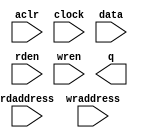
// megafunction wizard: %RAM: 2-PORT%VBB%
// GENERATION: STANDARD
// VERSION: WM1.0
// MODULE: altsyncram 

// ============================================================
// Megafunction Name(s):
// 			altsyncram
//
// Simulation Library Files(s):
// 			altera_mf
// ============================================================
// ************************************************************
// THIS IS A WIZARD-GENERATED FILE. DO NOT EDIT THIS FILE!
//
// 10.0 Build 218 06/27/2010 SJ Web Edition
// ************************************************************

//Copyright (C) 1991-2010 Altera Corporation
//Your use of Altera Corporation's design tools, logic functions 
//and other software and tools, and its AMPP partner logic 
//functions, and any output files from any of the foregoing 
//(including device programming or simulation files), and any 
//associated documentation or information are expressly subject 
//to the terms and conditions of the Altera Program License 
//Subscription Agreement, Altera MegaCore Function License 
//Agreement, or other applicable license agreement, including, 
//without limitation, that your use is for the sole purpose of 
//programming logic devices manufactured by Altera and sold by 
//Altera or its authorized distributors.  Please refer to the 
//applicable agreement for further details.

module dp_mem_64x16 (
	aclr,
	clock,
	data,
	rdaddress,
	rden,
	wraddress,
	wren,
	q);

	input	  aclr;
	input	  clock;
	input	[15:0]  data;
	input	[5:0]  rdaddress;
	input	  rden;
	input	[5:0]  wraddress;
	input	  wren;
	output	[15:0]  q;
`ifndef ALTERA_RESERVED_QIS
// synopsys translate_off
`endif
	tri0	  aclr;
	tri1	  clock;
	tri1	  rden;
	tri0	  wren;
`ifndef ALTERA_RESERVED_QIS
// synopsys translate_on
`endif

endmodule

// ============================================================
// CNX file retrieval info
// ============================================================
// Retrieval info: PRIVATE: ADDRESSSTALL_A NUMERIC "0"
// Retrieval info: PRIVATE: ADDRESSSTALL_B NUMERIC "0"
// Retrieval info: PRIVATE: BYTEENA_ACLR_A NUMERIC "0"
// Retrieval info: PRIVATE: BYTEENA_ACLR_B NUMERIC "0"
// Retrieval info: PRIVATE: BYTE_ENABLE_A NUMERIC "0"
// Retrieval info: PRIVATE: BYTE_ENABLE_B NUMERIC "0"
// Retrieval info: PRIVATE: BYTE_SIZE NUMERIC "8"
// Retrieval info: PRIVATE: BlankMemory NUMERIC "1"
// Retrieval info: PRIVATE: CLOCK_ENABLE_INPUT_A NUMERIC "0"
// Retrieval info: PRIVATE: CLOCK_ENABLE_INPUT_B NUMERIC "0"
// Retrieval info: PRIVATE: CLOCK_ENABLE_OUTPUT_A NUMERIC "0"
// Retrieval info: PRIVATE: CLOCK_ENABLE_OUTPUT_B NUMERIC "0"
// Retrieval info: PRIVATE: CLRdata NUMERIC "0"
// Retrieval info: PRIVATE: CLRq NUMERIC "1"
// Retrieval info: PRIVATE: CLRrdaddress NUMERIC "1"
// Retrieval info: PRIVATE: CLRrren NUMERIC "0"
// Retrieval info: PRIVATE: CLRwraddress NUMERIC "0"
// Retrieval info: PRIVATE: CLRwren NUMERIC "0"
// Retrieval info: PRIVATE: Clock NUMERIC "0"
// Retrieval info: PRIVATE: Clock_A NUMERIC "0"
// Retrieval info: PRIVATE: Clock_B NUMERIC "0"
// Retrieval info: PRIVATE: ECC NUMERIC "0"
// Retrieval info: PRIVATE: IMPLEMENT_IN_LES NUMERIC "0"
// Retrieval info: PRIVATE: INDATA_ACLR_B NUMERIC "0"
// Retrieval info: PRIVATE: INDATA_REG_B NUMERIC "0"
// Retrieval info: PRIVATE: INIT_FILE_LAYOUT STRING "PORT_B"
// Retrieval info: PRIVATE: INIT_TO_SIM_X NUMERIC "0"
// Retrieval info: PRIVATE: INTENDED_DEVICE_FAMILY STRING "Cyclone IV E"
// Retrieval info: PRIVATE: JTAG_ENABLED NUMERIC "0"
// Retrieval info: PRIVATE: JTAG_ID STRING "NONE"
// Retrieval info: PRIVATE: MAXIMUM_DEPTH NUMERIC "0"
// Retrieval info: PRIVATE: MEMSIZE NUMERIC "1024"
// Retrieval info: PRIVATE: MEM_IN_BITS NUMERIC "0"
// Retrieval info: PRIVATE: MIFfilename STRING ""
// Retrieval info: PRIVATE: OPERATION_MODE NUMERIC "2"
// Retrieval info: PRIVATE: OUTDATA_ACLR_B NUMERIC "1"
// Retrieval info: PRIVATE: OUTDATA_REG_B NUMERIC "0"
// Retrieval info: PRIVATE: RAM_BLOCK_TYPE NUMERIC "0"
// Retrieval info: PRIVATE: READ_DURING_WRITE_MODE_MIXED_PORTS NUMERIC "1"
// Retrieval info: PRIVATE: READ_DURING_WRITE_MODE_PORT_A NUMERIC "3"
// Retrieval info: PRIVATE: READ_DURING_WRITE_MODE_PORT_B NUMERIC "3"
// Retrieval info: PRIVATE: REGdata NUMERIC "1"
// Retrieval info: PRIVATE: REGq NUMERIC "1"
// Retrieval info: PRIVATE: REGrdaddress NUMERIC "1"
// Retrieval info: PRIVATE: REGrren NUMERIC "1"
// Retrieval info: PRIVATE: REGwraddress NUMERIC "1"
// Retrieval info: PRIVATE: REGwren NUMERIC "1"
// Retrieval info: PRIVATE: SYNTH_WRAPPER_GEN_POSTFIX STRING "0"
// Retrieval info: PRIVATE: USE_DIFF_CLKEN NUMERIC "0"
// Retrieval info: PRIVATE: UseDPRAM NUMERIC "1"
// Retrieval info: PRIVATE: VarWidth NUMERIC "0"
// Retrieval info: PRIVATE: WIDTH_READ_A NUMERIC "16"
// Retrieval info: PRIVATE: WIDTH_READ_B NUMERIC "16"
// Retrieval info: PRIVATE: WIDTH_WRITE_A NUMERIC "16"
// Retrieval info: PRIVATE: WIDTH_WRITE_B NUMERIC "16"
// Retrieval info: PRIVATE: WRADDR_ACLR_B NUMERIC "0"
// Retrieval info: PRIVATE: WRADDR_REG_B NUMERIC "0"
// Retrieval info: PRIVATE: WRCTRL_ACLR_B NUMERIC "0"
// Retrieval info: PRIVATE: enable NUMERIC "0"
// Retrieval info: PRIVATE: rden NUMERIC "1"
// Retrieval info: LIBRARY: altera_mf altera_mf.altera_mf_components.all
// Retrieval info: CONSTANT: ADDRESS_ACLR_B STRING "CLEAR0"
// Retrieval info: CONSTANT: ADDRESS_REG_B STRING "CLOCK0"
// Retrieval info: CONSTANT: CLOCK_ENABLE_INPUT_A STRING "BYPASS"
// Retrieval info: CONSTANT: CLOCK_ENABLE_INPUT_B STRING "BYPASS"
// Retrieval info: CONSTANT: CLOCK_ENABLE_OUTPUT_B STRING "BYPASS"
// Retrieval info: CONSTANT: INTENDED_DEVICE_FAMILY STRING "Cyclone IV E"
// Retrieval info: CONSTANT: LPM_TYPE STRING "altsyncram"
// Retrieval info: CONSTANT: NUMWORDS_A NUMERIC "64"
// Retrieval info: CONSTANT: NUMWORDS_B NUMERIC "64"
// Retrieval info: CONSTANT: OPERATION_MODE STRING "DUAL_PORT"
// Retrieval info: CONSTANT: OUTDATA_ACLR_B STRING "CLEAR0"
// Retrieval info: CONSTANT: OUTDATA_REG_B STRING "UNREGISTERED"
// Retrieval info: CONSTANT: POWER_UP_UNINITIALIZED STRING "FALSE"
// Retrieval info: CONSTANT: RDCONTROL_REG_B STRING "CLOCK0"
// Retrieval info: CONSTANT: READ_DURING_WRITE_MODE_MIXED_PORTS STRING "OLD_DATA"
// Retrieval info: CONSTANT: WIDTHAD_A NUMERIC "6"
// Retrieval info: CONSTANT: WIDTHAD_B NUMERIC "6"
// Retrieval info: CONSTANT: WIDTH_A NUMERIC "16"
// Retrieval info: CONSTANT: WIDTH_B NUMERIC "16"
// Retrieval info: CONSTANT: WIDTH_BYTEENA_A NUMERIC "1"
// Retrieval info: USED_PORT: aclr 0 0 0 0 INPUT GND "aclr"
// Retrieval info: USED_PORT: clock 0 0 0 0 INPUT VCC "clock"
// Retrieval info: USED_PORT: data 0 0 16 0 INPUT NODEFVAL "data[15..0]"
// Retrieval info: USED_PORT: q 0 0 16 0 OUTPUT NODEFVAL "q[15..0]"
// Retrieval info: USED_PORT: rdaddress 0 0 6 0 INPUT NODEFVAL "rdaddress[5..0]"
// Retrieval info: USED_PORT: rden 0 0 0 0 INPUT VCC "rden"
// Retrieval info: USED_PORT: wraddress 0 0 6 0 INPUT NODEFVAL "wraddress[5..0]"
// Retrieval info: USED_PORT: wren 0 0 0 0 INPUT GND "wren"
// Retrieval info: CONNECT: @aclr0 0 0 0 0 aclr 0 0 0 0
// Retrieval info: CONNECT: @address_a 0 0 6 0 wraddress 0 0 6 0
// Retrieval info: CONNECT: @address_b 0 0 6 0 rdaddress 0 0 6 0
// Retrieval info: CONNECT: @clock0 0 0 0 0 clock 0 0 0 0
// Retrieval info: CONNECT: @data_a 0 0 16 0 data 0 0 16 0
// Retrieval info: CONNECT: @rden_b 0 0 0 0 rden 0 0 0 0
// Retrieval info: CONNECT: @wren_a 0 0 0 0 wren 0 0 0 0
// Retrieval info: CONNECT: q 0 0 16 0 @q_b 0 0 16 0
// Retrieval info: GEN_FILE: TYPE_NORMAL dp_mem_64x16.v TRUE
// Retrieval info: GEN_FILE: TYPE_NORMAL dp_mem_64x16.inc FALSE
// Retrieval info: GEN_FILE: TYPE_NORMAL dp_mem_64x16.cmp FALSE
// Retrieval info: GEN_FILE: TYPE_NORMAL dp_mem_64x16.bsf FALSE
// Retrieval info: GEN_FILE: TYPE_NORMAL dp_mem_64x16_inst.v TRUE
// Retrieval info: GEN_FILE: TYPE_NORMAL dp_mem_64x16_bb.v TRUE
// Retrieval info: LIB_FILE: altera_mf